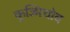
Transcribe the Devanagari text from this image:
कुज्मिचोव